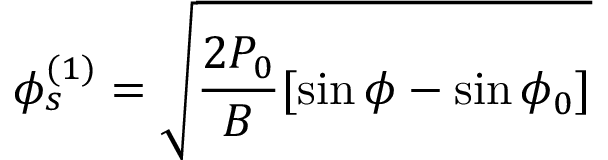
\phi _ { s } ^ { ( 1 ) } = \sqrt { \frac { 2 P _ { 0 } } { B } [ \sin \phi - \sin \phi _ { 0 } ] }